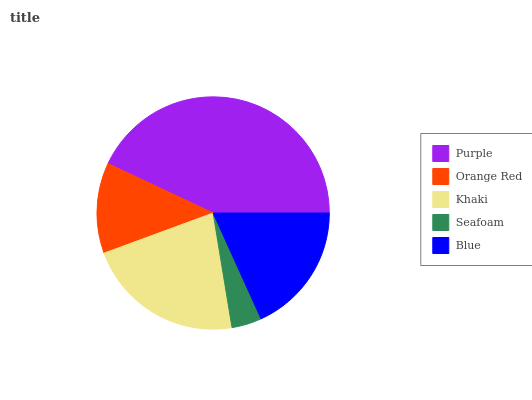
| Purple | Orange Red | Khaki | Seafoam | Blue |
 | --- | --- | --- | --- | --- |
 | 43% | 12.6% | 22% | 4.17% | 18.3% |